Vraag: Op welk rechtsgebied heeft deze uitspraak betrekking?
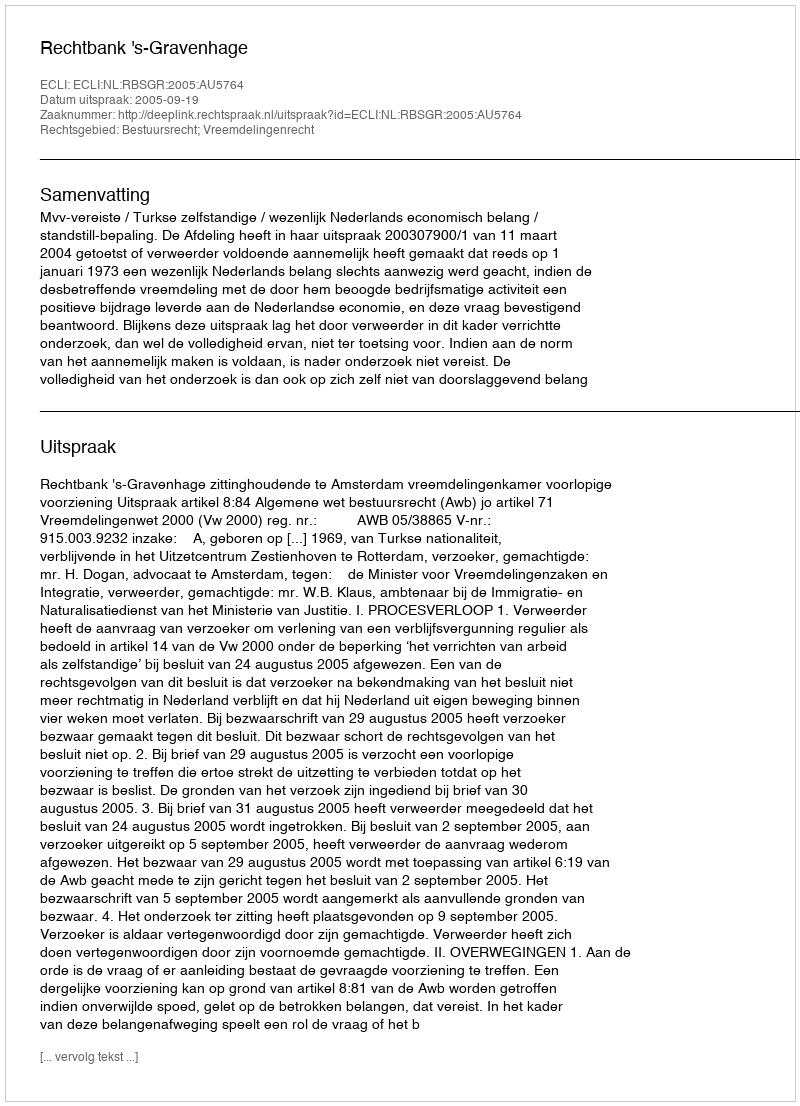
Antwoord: Bestuursrecht; Vreemdelingenrecht